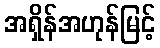
အရှိန်အဟုန်မြင့်